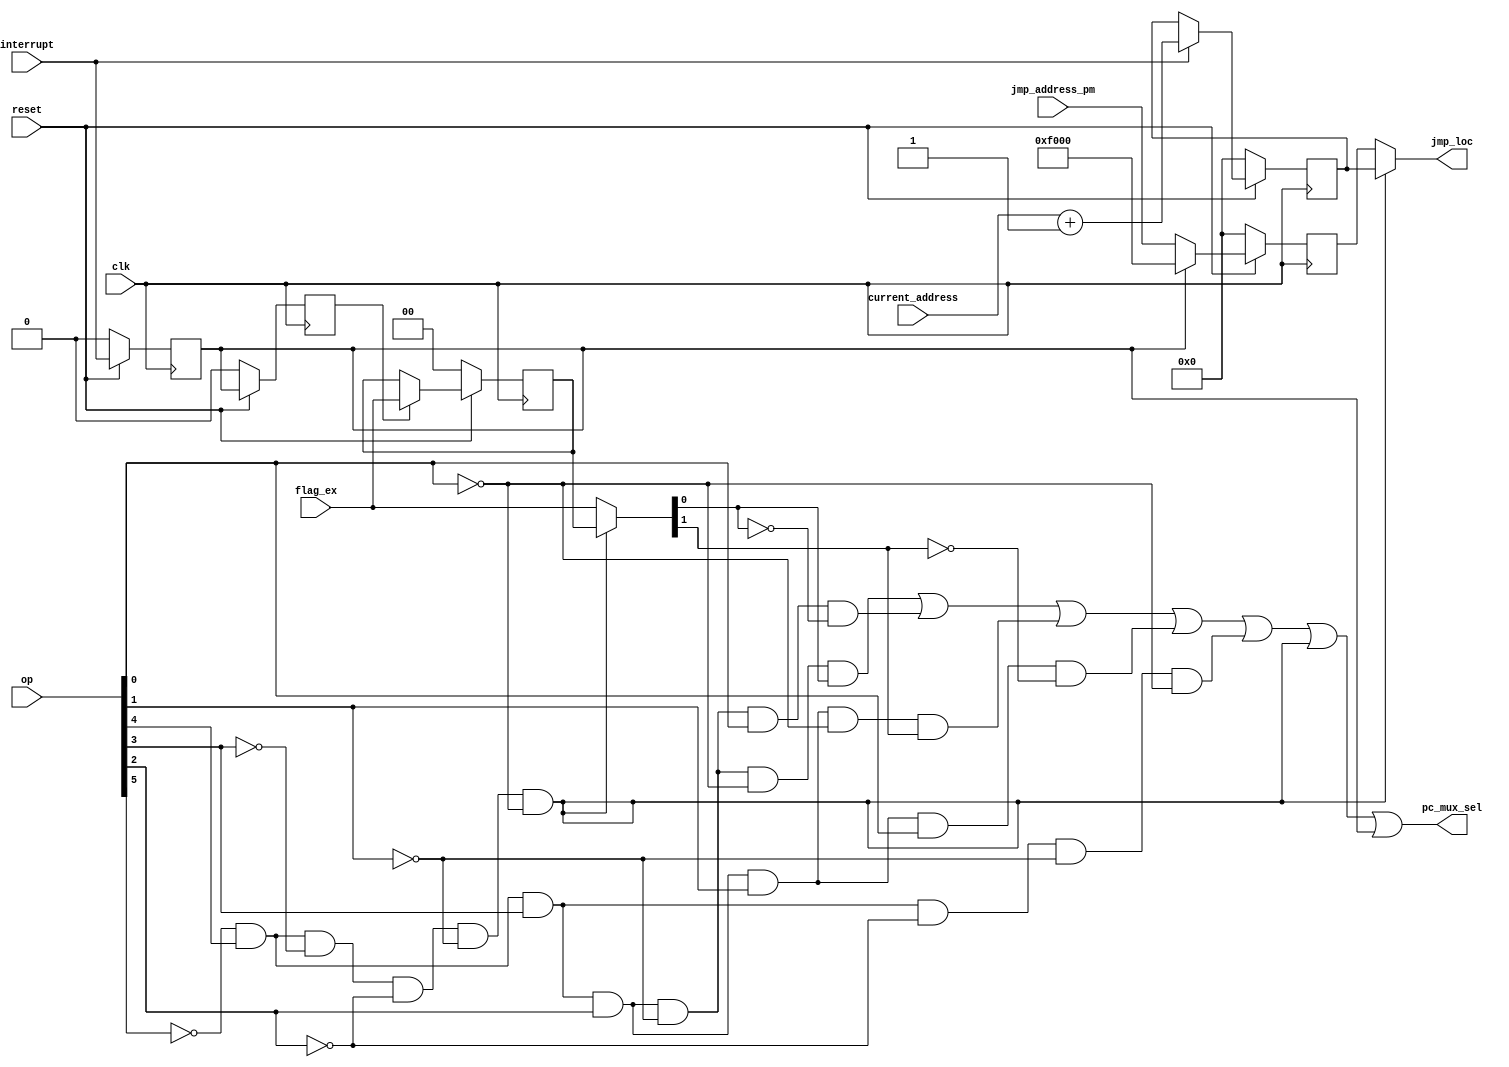
`timescale 1ns / 1ps
//////////////////////////////////////////////////////////////////////////////////
// Company: 
// Engineer: 
// 
// Design Name: 
// Module Name:    Jump_Control_Block 
// Project Name: 
// Target Devices: 
// Tool versions: 
// Description: 
//
// Dependencies: 
//
// Revision: 
// Revision 0.01 - File Created
// Additional Comments: 
//
//////////////////////////////////////////////////////////////////////////////////
module Jump_Control_Block(jmp_address_pm,current_address,op,flag_ex,interrupt,clk,reset,jmp_loc,pc_mux_sel);

input [15:0] jmp_address_pm,current_address; //jump address form instruction memory(pm block)
input [5:0] op;
input [1:0] flag_ex;
input clk,reset,interrupt; //interrupt is a 1 bit value to allow interrupt or not.

output [15:0] jmp_loc; //jump location or Jump address for PC_IM block
output pc_mux_sel;//Mux selection bit for PC_IM block

wire JV,JNV,JZ,JNZ,JMP; //this are the outputs of different AND gates of different opcodes for jumps.

assign JV = (~op[5] & op[4] & op[3] & op[2] & ~op[1] & ~op[0]) ; //jump with overflow
assign JNV = (~op[5] & op[4] & op[3] & op[2] & ~op[1] & op[0]) ; //jump with No Overflow
assign JZ = (~op[5] & op[4] & op[3] & op[2] & op[1] & ~op[0]) ; // jump with Zero
assign JNZ = (~op[5] & op[4] & op[3] & op[2] & op[1] & op[0]) ;// jump with NO Zero
assign JMP = (~op[5] & op[4] & op[3] & ~op[2] & ~op[1] & ~op[0] ); // Unconditional jump

wire int_temp_1,int_temp_2;
reg int_1,int_2;  // Outputs of DFF // DFF is used to create delay of 2 clock cycle.

assign int_temp_1 = (reset) ? interrupt : 1'b0; //output of first dff.. reset cond* check.
assign int_temp_2 = (reset) ? int_1 : 1'b0; //output of second dff.. reset cond* check.

wire [15:0] jmp_mux; // output of mux to choose between f000 or jmp_address_pm.
wire [15:0] input_jmp_16bit,input_jmp_16bit_temp;

assign jmp_mux = (int_1) ?  16'b1111000000000000 : jmp_address_pm ;

wire [15:0] jump_add_reg_temp;
reg [15:0] jump_add_reg ;
assign jump_add_reg_temp = (reset) ? jmp_mux : 16'b0;


wire [15:0] add;
assign add = current_address +1;

wire [15:0] input_reg_16bit,input_reg_16bit_tmp; // reg wires taken to check reset cond* and use to that 16 bit register.
reg [15:0] output_reg_16bit;

assign input_reg_16bit = (interrupt) ? add : output_reg_16bit;
assign input_reg_16bit_tmp = (reset) ? input_reg_16bit : 16'b0;

wire RET; // Return condition wire 1bit
assign RET = (~op[5] & op[4] & ~op[3] & ~op[2] & ~op[1] & ~op[0]) ; 

wire [15:0] jump_loc_mux; // this mux is used to choose between output_reg_16bit and jmp_mux.
assign jmp_loc = (RET) ? output_reg_16bit : jump_add_reg;



wire[1:0] input_reg_2bit ,input_reg_2bit_tmp ; //reg wires taken to check reset cond* and use to that 2 bit register.
reg [1:0] output_reg_2bit;

assign input_reg_2bit = (int_2) ? flag_ex: output_reg_2bit;
assign input_reg_2bit_tmp = (reset) ? input_reg_2bit : 2'b0 ;

wire [1:0] selection; // this selection line is used to compute four conditional jumps.
assign selection = (RET) ? output_reg_2bit : flag_ex ;

wire jv1,jnv1,jz1,jnz1;
assign jv1 = JV & selection[0] ;
assign jnv1 = JNV & ~selection[0];
assign jz1 = JZ & selection[1] ;
assign jnz1 = JNZ & ~selection[1];

assign pc_mux_sel = jv1 | jnv1 | jz1 | jnz1 | JMP | RET | int_1 ; 
always@(posedge clk)
begin
	int_1 = int_temp_1;
	int_2 = int_temp_2;
	output_reg_16bit = input_reg_16bit_tmp;	
	output_reg_2bit = input_reg_2bit_tmp;
	jump_add_reg = jump_add_reg_temp; 
end
endmodule